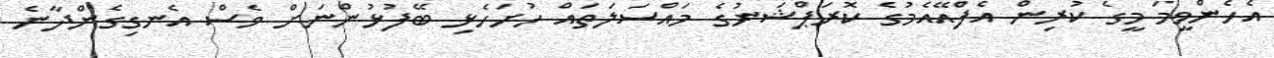
އެހެންވީމަ މީގެ ކުރިން އެފްއޭއެމުގެ ކޮރަޕްޝަނުގެ މައްސަލަތައް ހުށަހެޅި ބޭފުޅުންނަށް ވެސް އެނގިގެންދާނެ